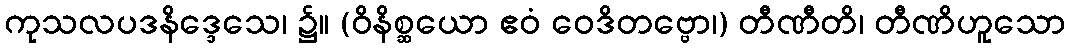
ကုသလပဒနိဒ္ဒေသေ၊ ၌။ (ဝိနိစ္ဆယော ဧဝံ ဝေဒိတဗ္ဗော၊) တီဏီတိ၊ တီဏိဟူသော